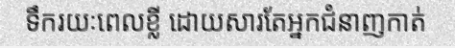
ទឹករយៈពេលខ្លី ដោយសារតែអ្នកជំនាញកាត់